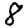
Digit: 8